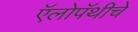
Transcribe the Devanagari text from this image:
ऍलोपॅथीचे